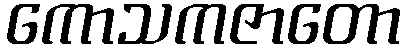
ကောသကဇာတော